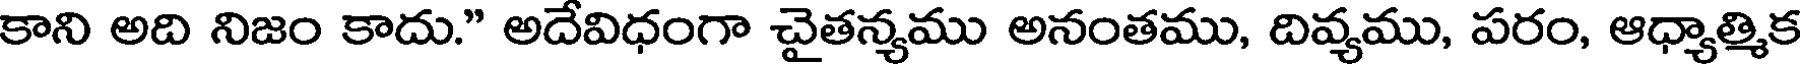
కాని అది నిజం కాదు." అదేవిధంగా చైతన్యము అనంతము, దివ్యము, పరం, ఆధ్యాత్మిక